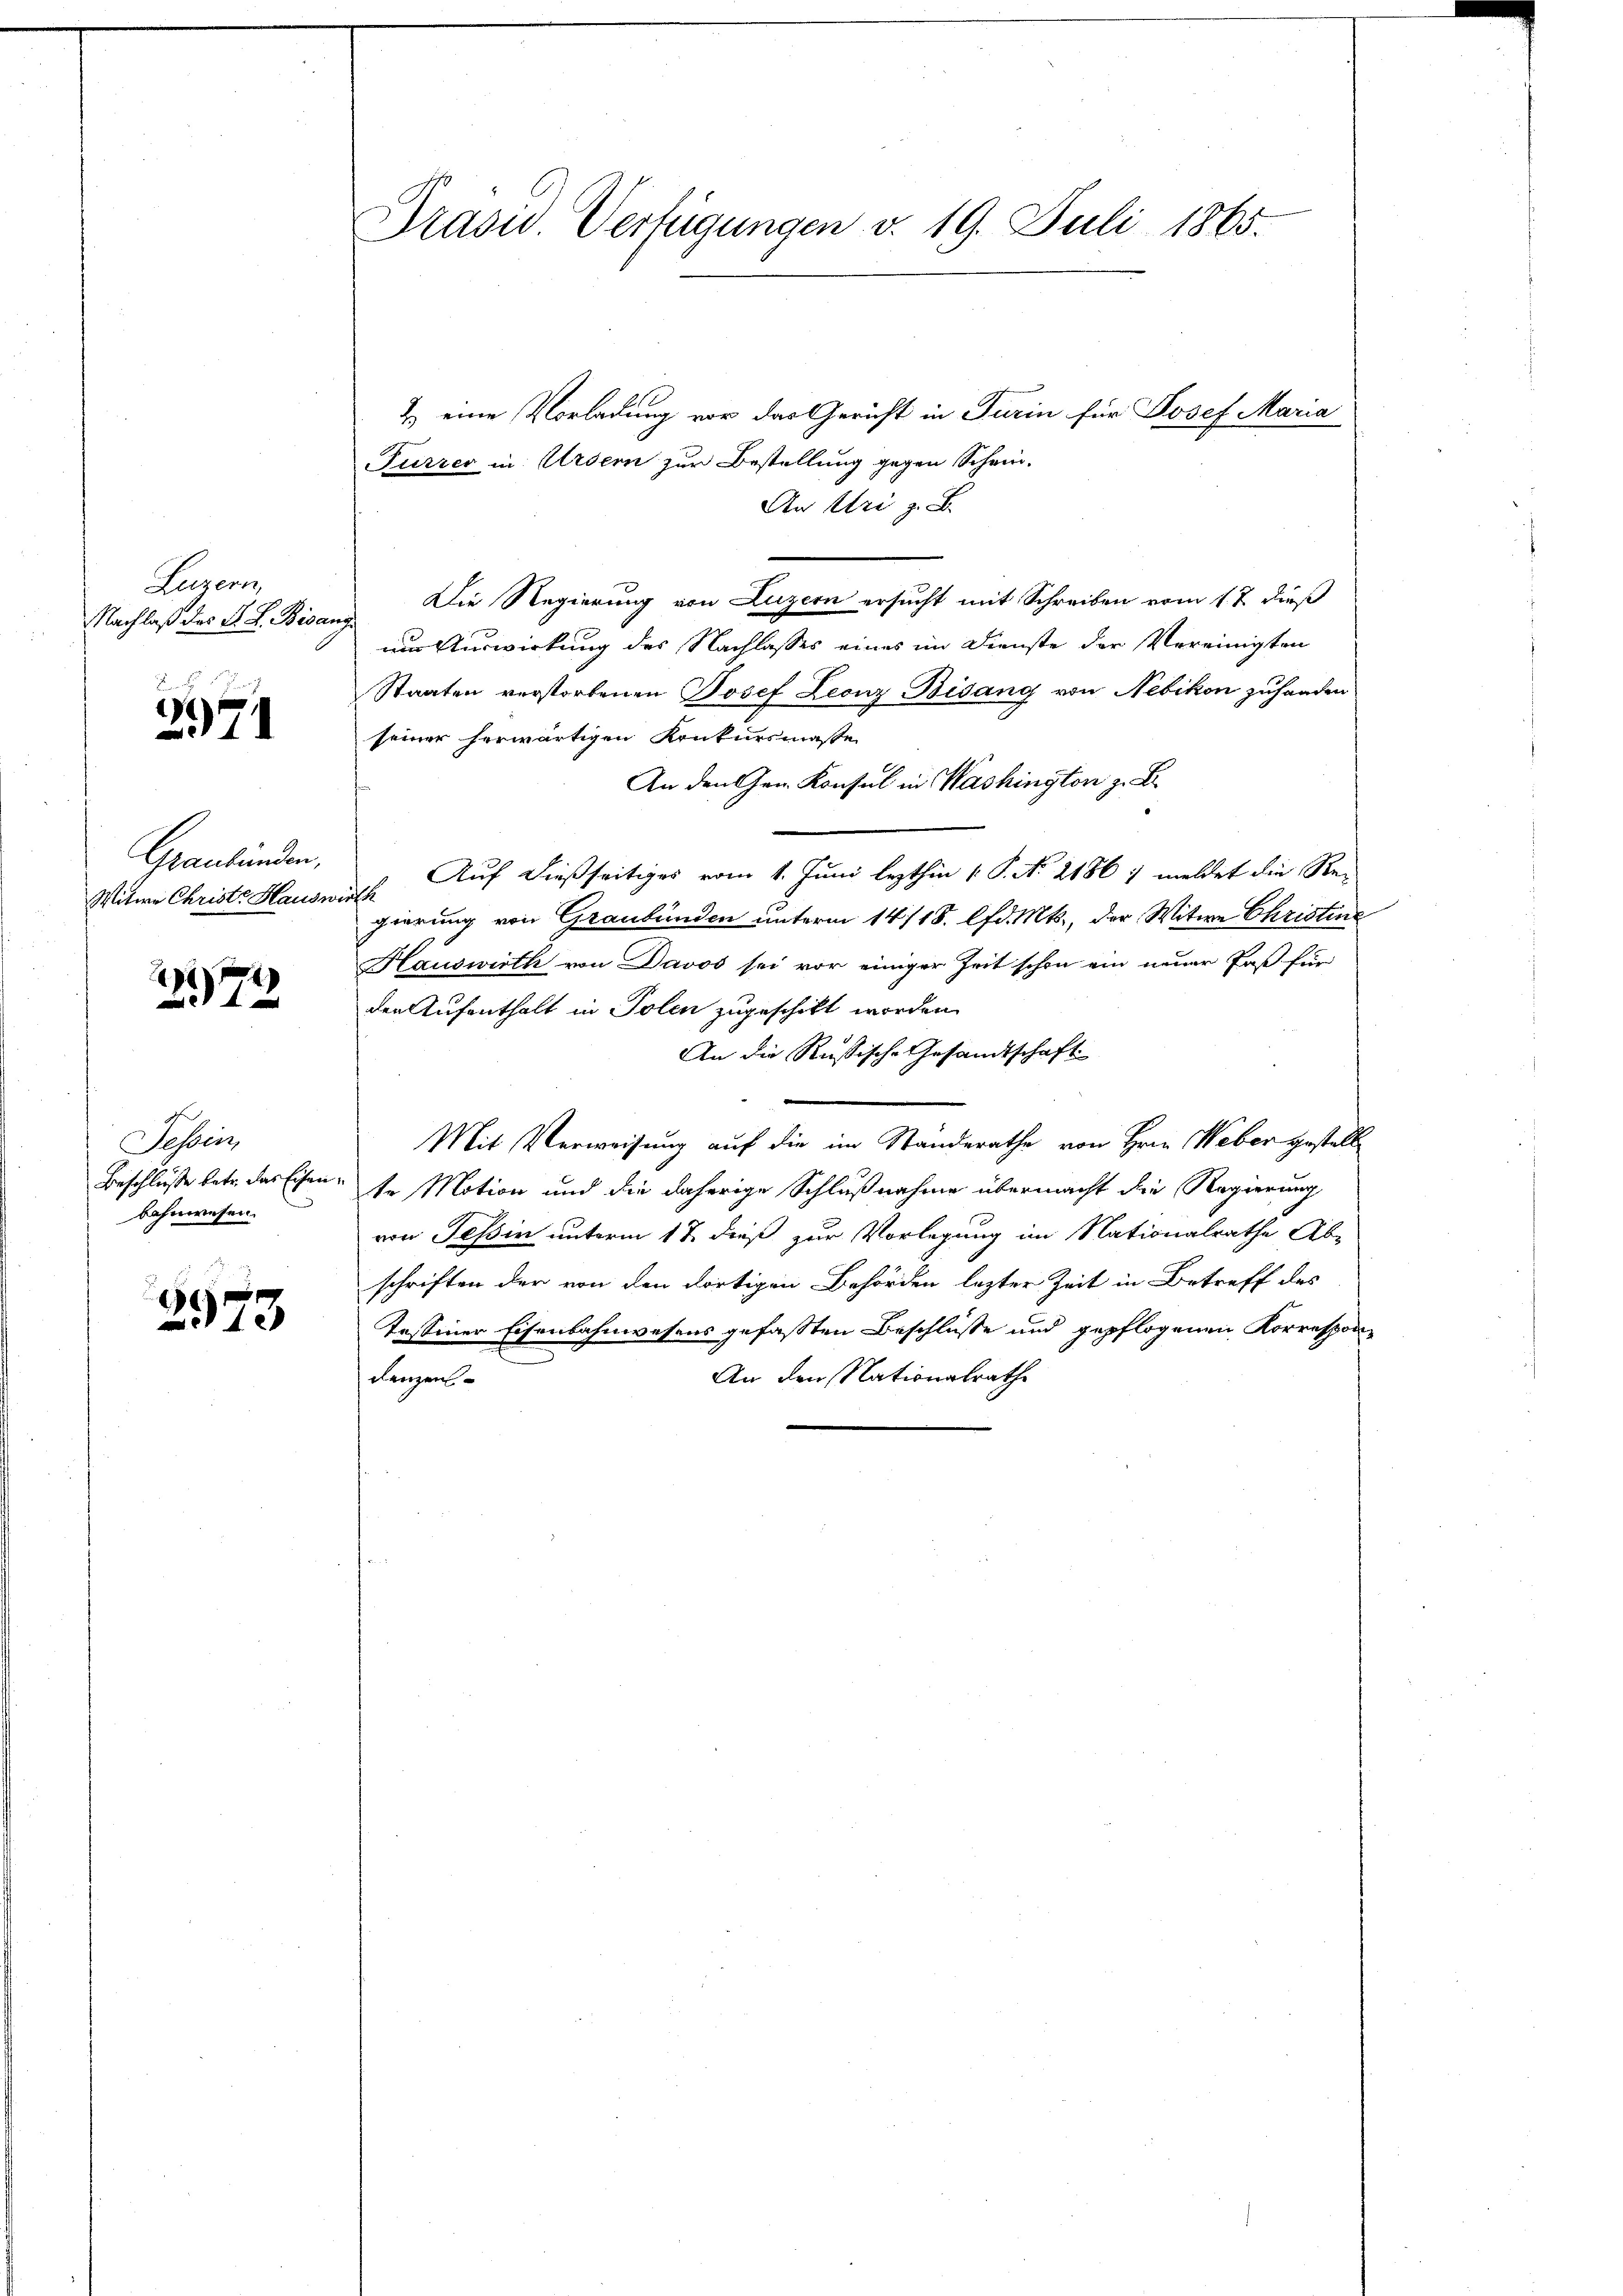
Liegens
Nachlaß der S. R. Bisan

F
2971

Graubünden,
Witwe Christe Hausn

77

Tessin,
Beschlusse betr. das Eisen
bahnwesen.

1
173

Drasu Verfügungen v. 19. Juli 1865.

2) eine Vorladung vor das Gericht in Turin für Josef Maria
Furrer in Ursern zur Bestellung gegen Schein-
An Uri z. B.
ng. Die Regierung von Luzern ersucht mit Schreiben vom 1 t dieß
um Auswirkung des Nachlasses eines im Dienste der Vereinigten
Staaten verstorbenen Josef Leonz Bisang von Nebikon zuhanden
seiner herwärtigen Konkursmaße
An den Hrn. Konsul in Washington z. B.
iche Auf dießseitiges vom 1. Juni lezthin 1 P. N. 21861 meldet die Regierung von Graubünden unterm 14/18. lfd. Mts., der Witwe Christine
Hauswirth von Davos sei vor einiger Zeit schon ein neuer Paß für
den Aufenthalt in Polen zugeschickt worden
An die Rußische Gesandtschaft
Mit Verweisung auf die im Standerathe von Hrn. Weber gestell
tr Motion und die daherige Schlußnahme übermacht die Regierung
von Tessin unterm 17. dieß zur Vorlegung im Nationalrathe Ab-
schriften der von den dortigen Behörden lezter Zeit in Betreff des
Tessiner Eisenbahnwesens gefassten Beschlüsse und gepflogenen Korrespon¬
An den Nationalrathe
denzen